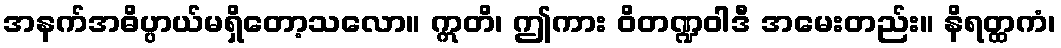
အနက်အဓိပ္ပာယ်မရှိတော့သလော။ ဣတိ၊ ဤကား ဝိတဏ္ဍဝါဒီ အမေးတည်း။ နိရတ္ထကံ၊